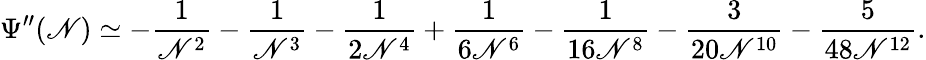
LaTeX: \Psi^{\prime\prime}(\mathscr{N})\simeq-\frac{{1}}{{\mathscr{N}^{2}}}-\frac{{1}}{{\mathscr{N}^{3}}}-\frac{{1}}{{2\mathscr{N}^{4}}}+\frac{{1}}{{6\mathscr{N}^{6}}}-\frac{{1}}{{16\mathscr{N}^{8}}}-\frac{{3}}{{20\mathscr{N}^{10}}}-\frac{{5}}{{48\mathscr{N}^{12}}}.